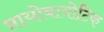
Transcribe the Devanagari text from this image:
प्रायोबायोटिक